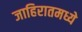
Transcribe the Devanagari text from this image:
जाहिरातमध्ये